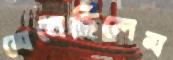
মেনেছিলেম